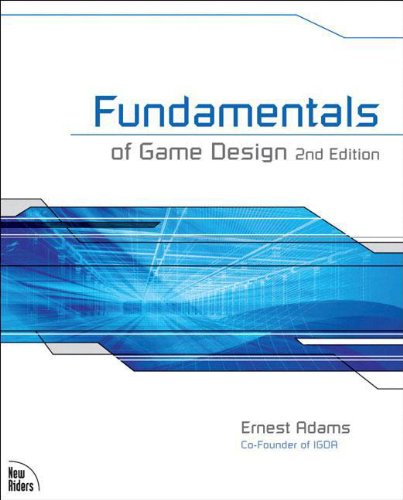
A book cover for Fundamentals of Game Design (2nd Edition); Ernest Adams; Computers & Technology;